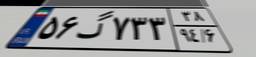
۵۶گ۷۳۳۳۸